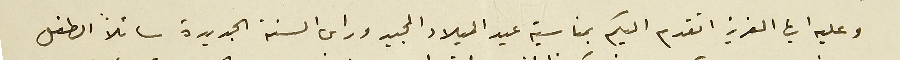
وعليه ايها العزيز اتقدم اليكم بمناسبة عيد الميلاد المجيد وراس السنة الجديدة سائلاً الطفل